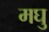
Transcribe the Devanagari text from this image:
मघु